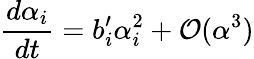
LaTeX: \frac{d\alpha_{i}}{dt}=b_{i}^{\prime}\alpha_{i}^{2}+{\cal O}(\alpha^{3})